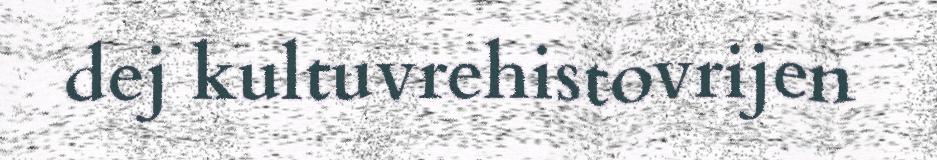
dej kultuvrehistovrijen